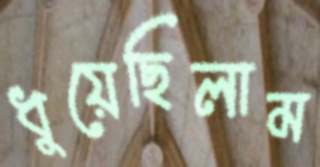
ধুয়েছিলাম